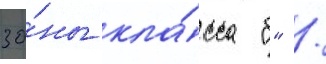
зо́ны кла́сса "б" /